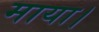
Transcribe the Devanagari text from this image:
माया।